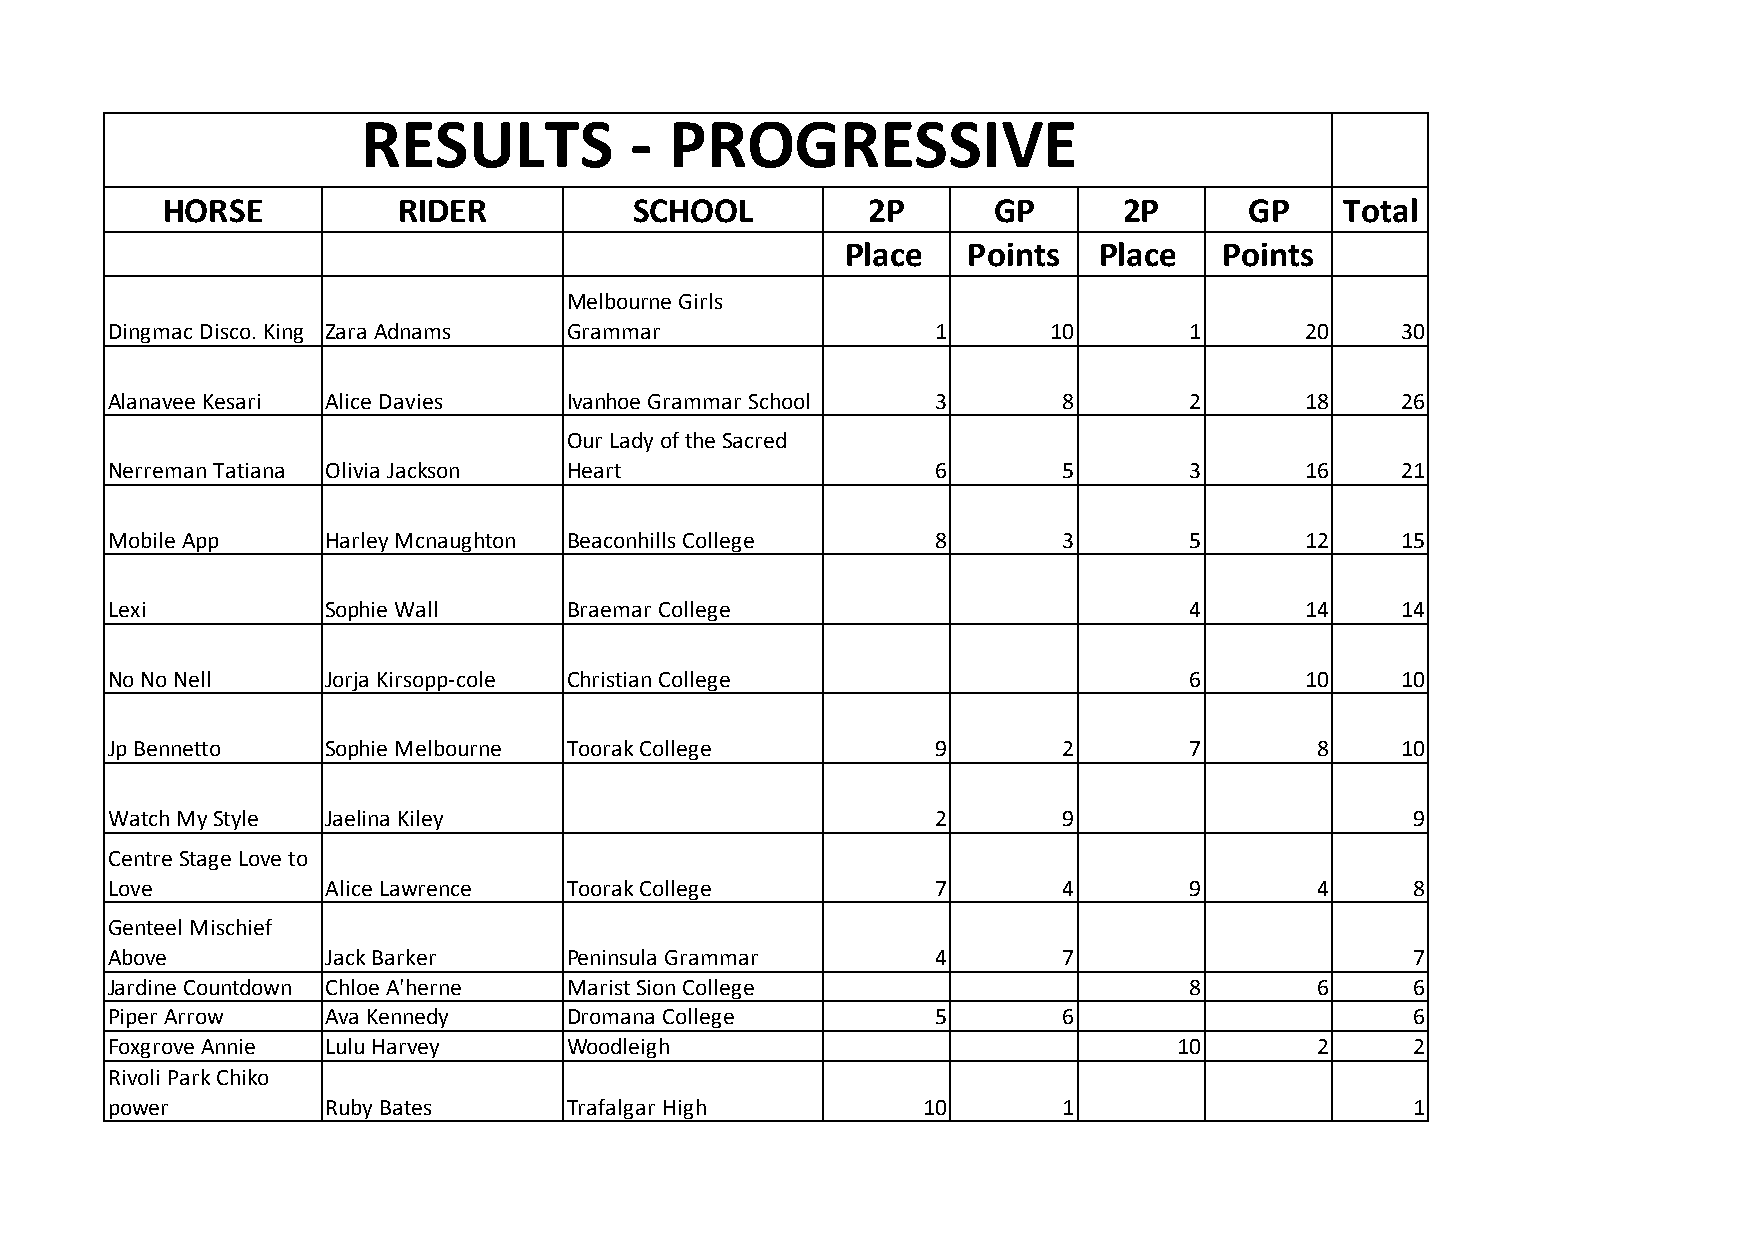
RESULTS           - PROGRESSIVE
 HORSE          RIDER           SCHOOL         2P       GP      2P       GP    Total
 Place   Points   Place   Points
 Melbourne Girls
 Dingmac Disco. King Zara Adnams Grammar                1       10       1      20     30
 Alanavee Kesari Alice Davies   Ivanhoe Grammar School  3       8        2      18     26
 Our Lady of the Sacred
 Nerreman Tatiana Olivia Jackson Heart                  6       5        3      16     21
 Mobile App     Harley Mcnaughton Beaconhills College   8       3        5      12     15
 Lexi           Sophie Wall     Braemar College                          4      14     14
 No No Nell     Jorja Kirsopp-cole Christian College                     6      10     10
 Jp Bennetto    Sophie Melbourne Toorak College         9       2        7       8     10
 Watch My Style Jaelina Kiley                           2       9                       9
 Centre Stage Love to
 Love           Alice Lawrence  Toorak College          7       4        9       4      8
 Genteel Mischief
 Above          Jack Barker     Peninsula Grammar       4       7                       7
 Jardine Countdown Chloe A'herne Marist Sion College                     8       6      6
 Piper Arrow    Ava Kennedy     Dromana College         5       6                       6
 Foxgrove Annie Lulu Harvey     Woodleigh                               10       2      2
 Rivoli Park Chiko
 power          Ruby Bates      Trafalgar High         10       1                       1